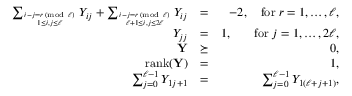
\begin{array} { r l r } { \sum _ { i - j = r \; ( \mathrm { m o d ~ } \ell ) \atop 1 \leq i , j \leq \ell } Y _ { i j } + \sum _ { i - j = r \; ( \mathrm { m o d ~ } \ell ) \atop \ell + 1 \leq i , j \leq 2 \ell } Y _ { i j } } & { = } & { - 2 , \quad \mathrm { f o r } \; r = 1 , \ldots , \ell , } \\ { Y _ { j j } } & { = } & { 1 , \quad \, \, \, \, \, \mathrm { f o r } \; j = 1 , \ldots , 2 \ell , } \\ { \mathbf { Y } } & { \succeq } & { 0 , } \\ { \mathrm { r a n k } ( \mathbf { Y } ) } & { = } & { 1 , } \\ { \sum _ { j = 0 } ^ { \ell - 1 } Y _ { 1 j + 1 } } & { = } & { \sum _ { j = 0 } ^ { \ell - 1 } Y _ { 1 ( \ell + j + 1 ) } , } \end{array}